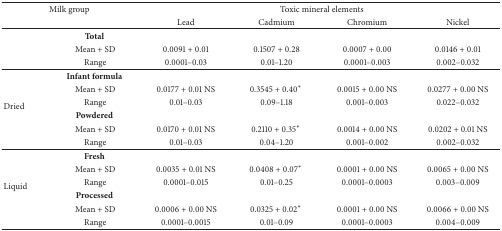
| <COLSPAN=2> Milk group | <COLSPAN=4> Toxic mineral elements |
 |  |  | Lead | Cadmium | Chromium | Nickel |
 | --- | --- | --- | --- | --- | --- |
 | <ROWSPAN=3>  | Total |  |  |  |  |
 | Mean + SD | 0.0091 + 0.01 | 0.1507 + 0.28 | 0.0007 + 0.00 | 0.0146 + 0.01 |
 | Range | 0.0001–0.03 | 0.01–1.20 | 0.0001–0.003 | 0.002–0.032 |
 | <ROWSPAN=6> Dried | Infant formula |  |  |  |  |
 | Mean + SD | 0.0177 + 0.01 NS | 0.3545 + 0.40* | 0.0015 + 0.00 NS | 0.0277 + 0.00 NS |
 | Range | 0.01–0.03 | 0.09–1.18 | 0.001–0.003 | 0.022–0.032 |
 | Powdered |  |  |  |  |
 | Mean + SD | 0.0170 + 0.01 NS | 0.2110 + 0.35* | 0.0014 + 0.00 NS | 0.0202 + 0.01 NS |
 | Range | 0.01–0.03 | 0.04–1.20 | 0.001–0.002 | 0.002–0.032 |
 | <ROWSPAN=6> Liquid | Fresh |  |  |  |  |
 | Mean + SD | 0.0035 + 0.01 NS | 0.0408 + 0.07* | 0.0001 + 0.00 NS | 0.0065 + 0.00 NS |
 | Range | 0.0001–0.015 | 0.01–0.25 | 0.0001–0.0003 | 0.003–0.009 |
 | Processed |  |  |  |  |
 | Mean + SD | 0.0006 + 0.00 NS | 0.0325 + 0.02* | 0.0001 + 0.00 NS | 0.0066 + 0.00 NS |
 | Range | 0.0001–0.0015 | 0.01–0.09 | 0.0001–0.0003 | 0.004–0.009 |